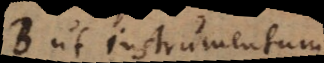
B ut instrumentum